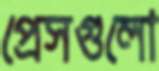
প্রেসগুলো